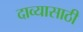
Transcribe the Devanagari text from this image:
दाव्यासाठी